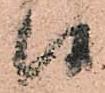
候